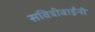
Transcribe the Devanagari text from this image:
सवित्रीबाईंनी